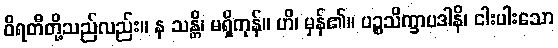
ဝိရတီတို့သည်လည်း။ န သန္တိ၊ မရှိကုန်။ ဟိ၊ မှန်၏။ ပဉ္စသိက္ခာပဒါနိ၊ ငါးပါးသော